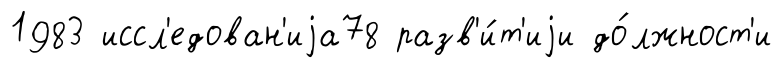
1983 иссл'едован'иjа78 разв'и́т'иjи до́лжност'и